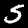
Digit: 5